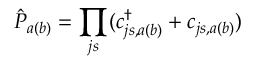
\hat { P } _ { a ( b ) } = \prod _ { j s } ( c _ { j s , a ( b ) } ^ { \dagger } + c _ { j s , a ( b ) } )